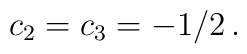
c_{2} = c_{3} = -1/2 \, .